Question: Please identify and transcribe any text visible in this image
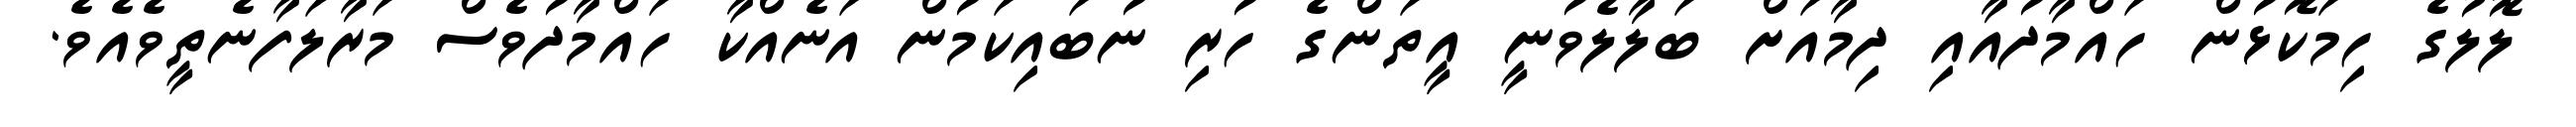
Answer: ލޮލުގެ ހިމަކޮޅުން ހައްމާދުއާއި ދިމާއަށް ބަލާލެވުނީ އީތަންގެ ހުރި ނުބައިކަމުން އަނެއްކާ ހައްމާދުވެސް މަރާލަފާނެތީވެއެވެ.